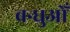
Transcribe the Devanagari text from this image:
बन्धुओँ